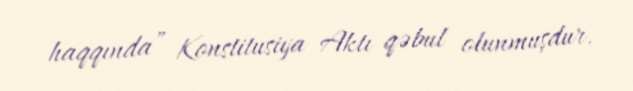
haqqında” Konstitusiya Aktı qəbul olunmuşdur.